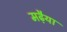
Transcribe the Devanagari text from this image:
मढ़ैया